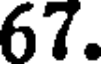
67.